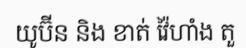
យូប៊ីន និង ខាត់ វ៉ៃហាំង តួ